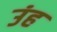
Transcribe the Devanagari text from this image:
उंह